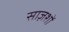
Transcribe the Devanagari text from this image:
साज़शों